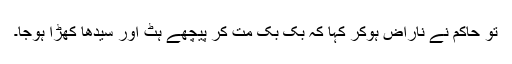
تو حاکم نے ناراض ہوکر کہا کہ بک بک مت کر پیچھے ہٹ اور سیدھا کھڑا ہوجا۔